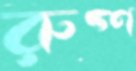
রুগ্ণ